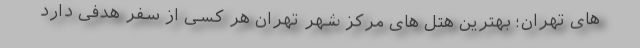
های تهران؛ بهترین هتل ‌های مرکز شهر تهران هر کسی از سفر هدفی دارد